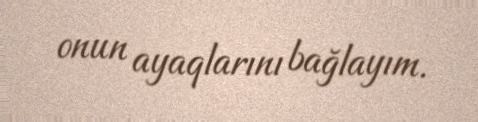
onun ayaqlarını bağlayım.